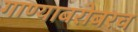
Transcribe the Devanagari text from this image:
गाण्याबरोबरच